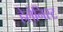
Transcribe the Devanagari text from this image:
हेलेनिस्ट